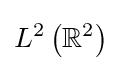
L^{2}\left(\mathbb {R} ^{2}\right)